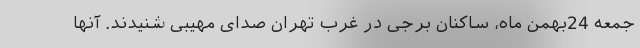
جمعه 24بهمن ماه، ساکنان برجی در غرب تهران صدای مهیبی شنیدند. آنها